Investigations on Bengal jail dietaries - Number 37
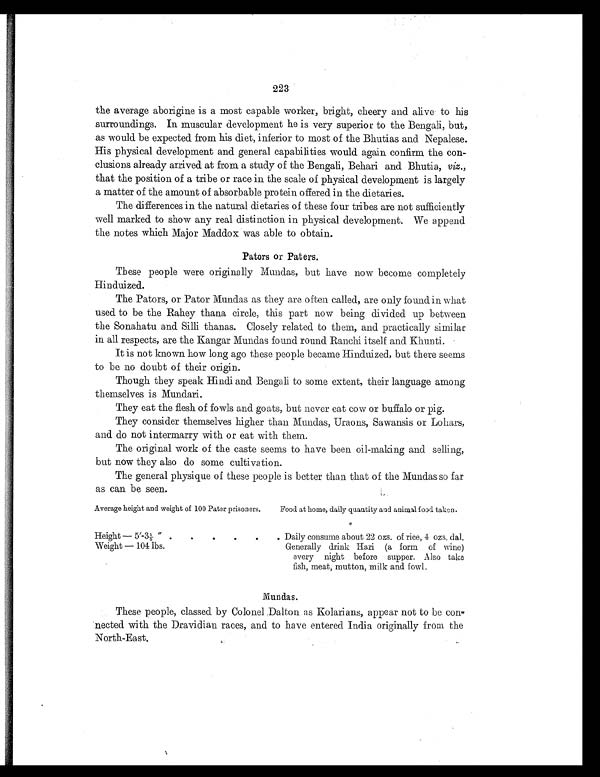
223
the average aborigine is a most capable worker, bright, cheery and alive to his
surroundings. In muscular development he is very superior to the Bengali, but,
as would be expected from his diet, inferior to most of the Bhutias and Nepalese.
His physical development and general capabilities would again confirm the con-
clusions already arrived at from a study of the Bengali, Behari and Bhutia, viz.,
that the position of a tribe or race in the scale of physical development is largely
a matter of the amount of absorbable protein offered in the dietaries.
The differences in the natural dietaries of these four tribes are not sufficiently
well marked to show any real distinction in physical development. We append
the notes which Major Maddox was able to obtain.
Pators or Paters.
These people were originally Mundas, but have now become completely
Hinduized.
The Pators, or Pator Mundas as they are often called, are only found in what
used to be the Rahey thana circle, this part now being divided up between
the Sonahatu and Silli thanas. Closely related to them, and practically similar
in all respects, are the Kangar Mundas found round Ranch itself and Khunti.
It is not known how long ago these people became Hinduized, but there seems
to be no doubt of their origin.
Though they speak Hindi and Bengali to some extent, their language among
themselves is Mundari.
They eat the flesh of fowls and goats, but never eat cow or buffalo or pig.
They consider themselves higher than Mundas, Uraons, Sawansis or Lohars,
and do not intermarry with or eat with them.
The original work of the caste seems to have been oil-making and selling,
but now they also do some cultivation.
The general physique of these people is better than that of the Mundas so far
as can be seen.
Average height and weight of 100 Pater prisoners.
Food at home, daily quantity and animal food taken.
Height — 5′-3 1/5 ″ .
.
.
.
.
. Daily consume about 22 ozs. of rice, 4 ozs. dal.
Weight — 104 lbs.
Generally drink Hari (a form of wine)
every night before supper. Also take
fish, meat, mutton, milk and fowl.
Mundas.
These people, classed by Colonel Dalton as Kolarians, appear not to be con-
nected with the Dravidian races, and to have entered India originally from the
North-East.